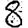
Digit: 8